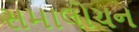
સમાલોચન